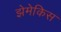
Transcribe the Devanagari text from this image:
झेमेकिस